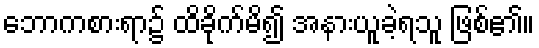
ဘောကစားရာ၌ ထိခိုက်မိ၍ အနားယူခဲ့ရသူ ဖြစ်၏။